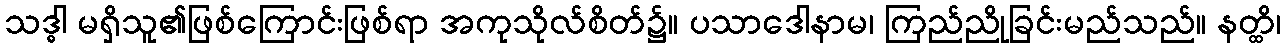
သဒ္ဓါ မရှိသူ၏ဖြစ်ကြောင်းဖြစ်ရာ အကုသိုလ်စိတ်၌။ ပသာဒေါနာမ၊ ကြည်ညိုခြင်းမည်သည်။ နတ္ထိ၊